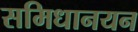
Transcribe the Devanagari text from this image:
समिधानयन